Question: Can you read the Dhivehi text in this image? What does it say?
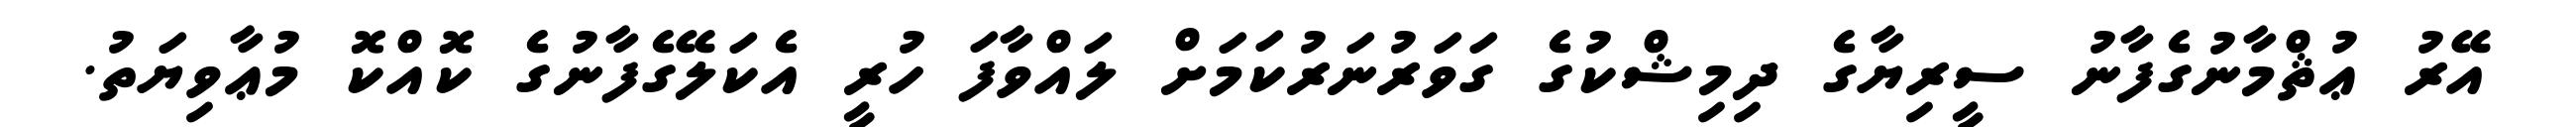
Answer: އޭރު ޢުޘްމާނުގެފާނު ސީރިޔާގެ ދިމިޝްކުގެ ގަވަރުނަރުކަމަށް ލައްވާފަ ހުރީ އެކަލޭގެފާނުގެ ކޮއްކޮ މުޢާވިޔަތު.